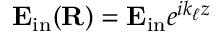
\mathbf E _ { \mathrm { i n } } ( \mathbf R ) = \mathbf E _ { \mathrm { i n } } e ^ { i k _ { \ell } z }